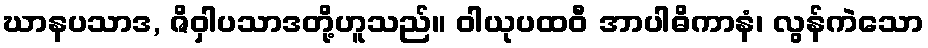
ဃာနပသာဒ, ဇိဝှါပသာဒတို့ဟူသည်။ ဝါယုပထဝီ အာပါဓိကာနံ၊ လွန်ကဲသော